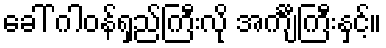
ခေါ် ဂါဝန်ရှည်ကြီးလို အင်္ကျီကြီးနှင့်။